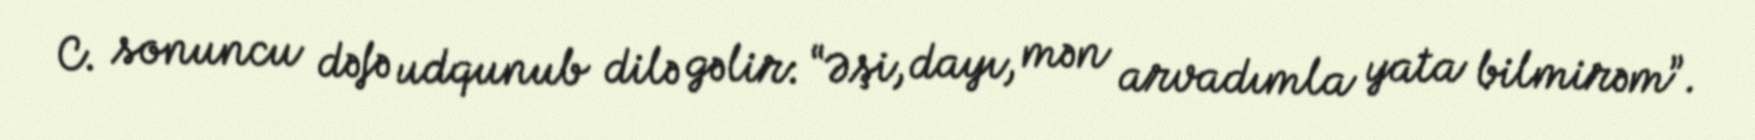
C. sonuncu dəfə udqunub dilə gəlir: “Əşi, dayı, mən arvadımla yata bilmirəm”.